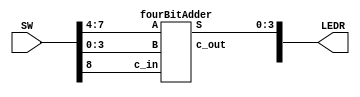
`timescale 1ns / 1ns // `timescale time_unit/time_precision


/* top-level entity for 4-bit full adder */
module lab3Part2 (input [8:0] SW, output [9:0] LEDR);
				
				/* 
				 * SW[3:0] is the input B bus
				 * SW[7:4] is the input A bus
				 * SW[8] is the carry-in bit
				 * LEDR[3:0] is the sum bus
				 * LEDR[9] is the carry-out bit
				 */
				
				fourBitAdder FA_4bit (.A(SW[7:4]), .B(SW[3:0]), .c_in(SW[8]), 
											.S(LEDR[3:0]), .c_out(LEDR[9]));
				
endmodule // lab3Part2


/* 4-bit adder module */
module fourBitAdder (input [3:0] A, B, input c_in, 
							output [3:0] S, output c_out);

				wire [2:0] C; // carry-pin vector
				
				// check schematic for wiring
				fullAdder bit0 (.c_in(c_in), .a(A[0]), .b(B[0]), .s(S[0]), .c_out(C[0]));
				fullAdder bit1 (.c_in(C[0]), .a(A[1]), .b(B[1]), .s(S[1]), .c_out(C[1]));
				fullAdder bit2 (.c_in(C[1]), .a(A[2]), .b(B[2]), .s(S[2]), .c_out(C[2]));
				fullAdder bit3 (.c_in(C[2]), .a(A[3]), .b(B[3]), .s(S[3]), .c_out(c_out));

endmodule // fourBitAdder


/* full adder module */
module fullAdder (input c_in, a, b, output s, c_out);

				assign s = (a ^ b ^ c_in); // odd function for sum bit
				assign c_out = ((a & b) | (a & c_in) | (b & c_in)); // majority function for carry-out bit

endmodule // fullAdder